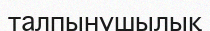
талпынушылық